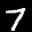
Label: 7